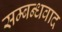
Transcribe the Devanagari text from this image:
सम्बन्धवाद